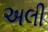
અલી